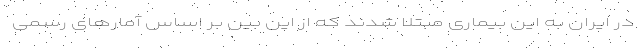
در ایران به این بیماری مبتلا شدند که از این بین بر اساس آمارهای رسمی